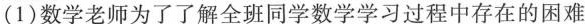
（1）数学老师为了了解全班同学数学学习过程中存在的困难